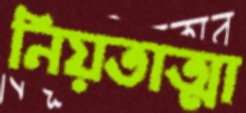
নিয়তাত্মা